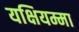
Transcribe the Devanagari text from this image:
यक्षियम्मा